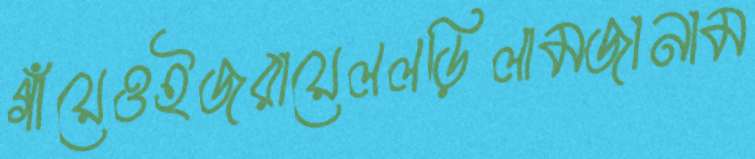
গাঁয়েওইজরায়েললড়িলামজানাম